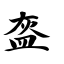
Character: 盔